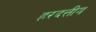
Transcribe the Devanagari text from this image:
हरदत्तीय